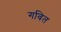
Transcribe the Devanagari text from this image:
गवित